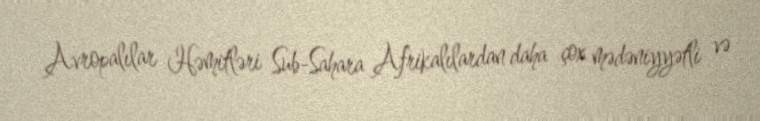
Avropalılar Həmitləri Sub-Sahara Afrikalılardan daha çox mədəniyyətli və